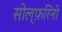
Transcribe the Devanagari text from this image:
सोल्फ़रिनो